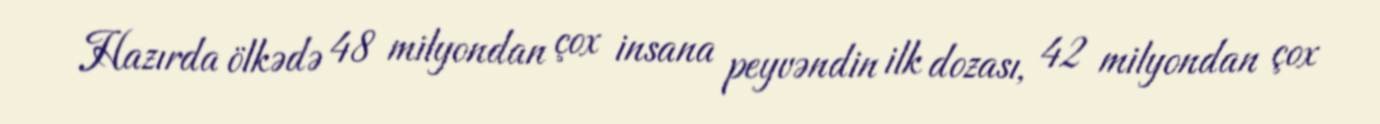
Hazırda ölkədə 48 milyondan çox insana peyvəndin ilk dozası, 42 milyondan çox